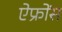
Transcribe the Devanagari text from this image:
ऐफ्रोंस